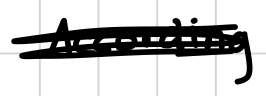
Text: According
Cross-out: scratch
Writing tool: digital_black